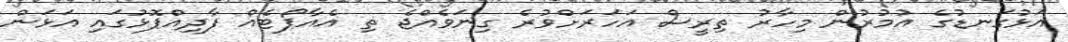
އަޅުގަނޑުގެ އުމުރުން މިހާރު ތިރީސް އަހަރަށްވުރެ ގިނަވެއްޖެ ތި އެއާޕޯޓެއް ފާދިއްޕޮޅުގައި އަޅަން